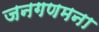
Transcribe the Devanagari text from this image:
जनगणमना